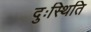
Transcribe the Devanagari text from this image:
दुःस्थिति